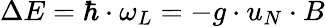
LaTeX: \Delta E=\hbar\cdot\omega_{L}=-g\cdot u_{N}\cdot B